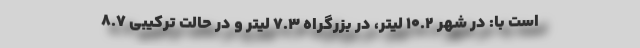
است با: در شهر 10.2 لیتر، در بزرگراه 7.3 لیتر و در حالت ترکیبی 8.7